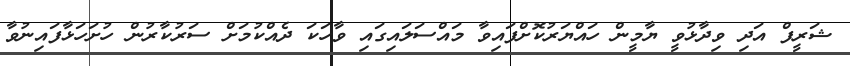
ޝަރީފް އަދި ވިދާޅުވީ ޔާމީން ހައްޔަރުކޮށްފައިވާ މައްސަލައިގައި ވާހަކަ ދެއްކުމަށް ސަރުކާރުން ހުށަހަޅާފައިނުވާ